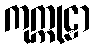
ကုက္ကုဠာ